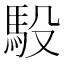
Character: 𫘈